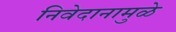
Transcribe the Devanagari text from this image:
निवेदानामुळे